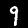
Label: 9